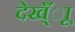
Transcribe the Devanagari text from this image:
देख्ँाू